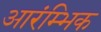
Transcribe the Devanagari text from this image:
आरंम्भिक